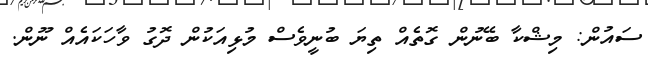
ސައުން: މިޝްކާ ބޭނުން ގޮތެއް ތިޔަ ބުނީވެސް މުޅިއަކުން ދޮގު ވާހަކައެއް ނޫން.